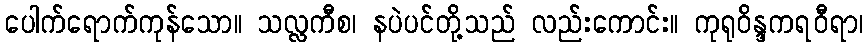
ပေါက်ရောက်ကုန်သော။ သလ္လကီစ၊ နပဲပင်တို့သည် လည်းကောင်း။ ကုရုဝိန္ဒကရဝီရာ၊